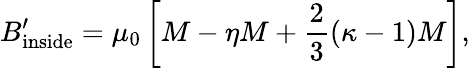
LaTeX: B_{\mathrm{inside}}^{\prime}=\mu_{0}\left[M-\eta M+{\frac{2}{3}}(\kappa-1)M\right],